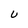
Character: U